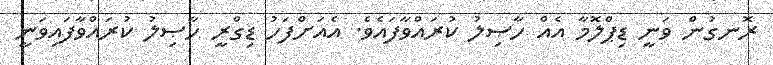
ރޮނގުން ވަނީ ޑިޕްލޮމާ އެއް ހާޞިލު ކުރައްވާފައެވެ. އެއަށްފަހު ޑިގްރީ ހާޞިލު ކުރައްވާފައިވަނީ